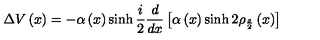
\Delta V \left( x \right) = - \alpha \left( x \right) \sinh \frac { i } { 2 } \frac { d } { d x } \left[ \alpha \left( x \right) \sinh 2 \rho _ { \frac { s } { 2 } } \left( x \right) \right]